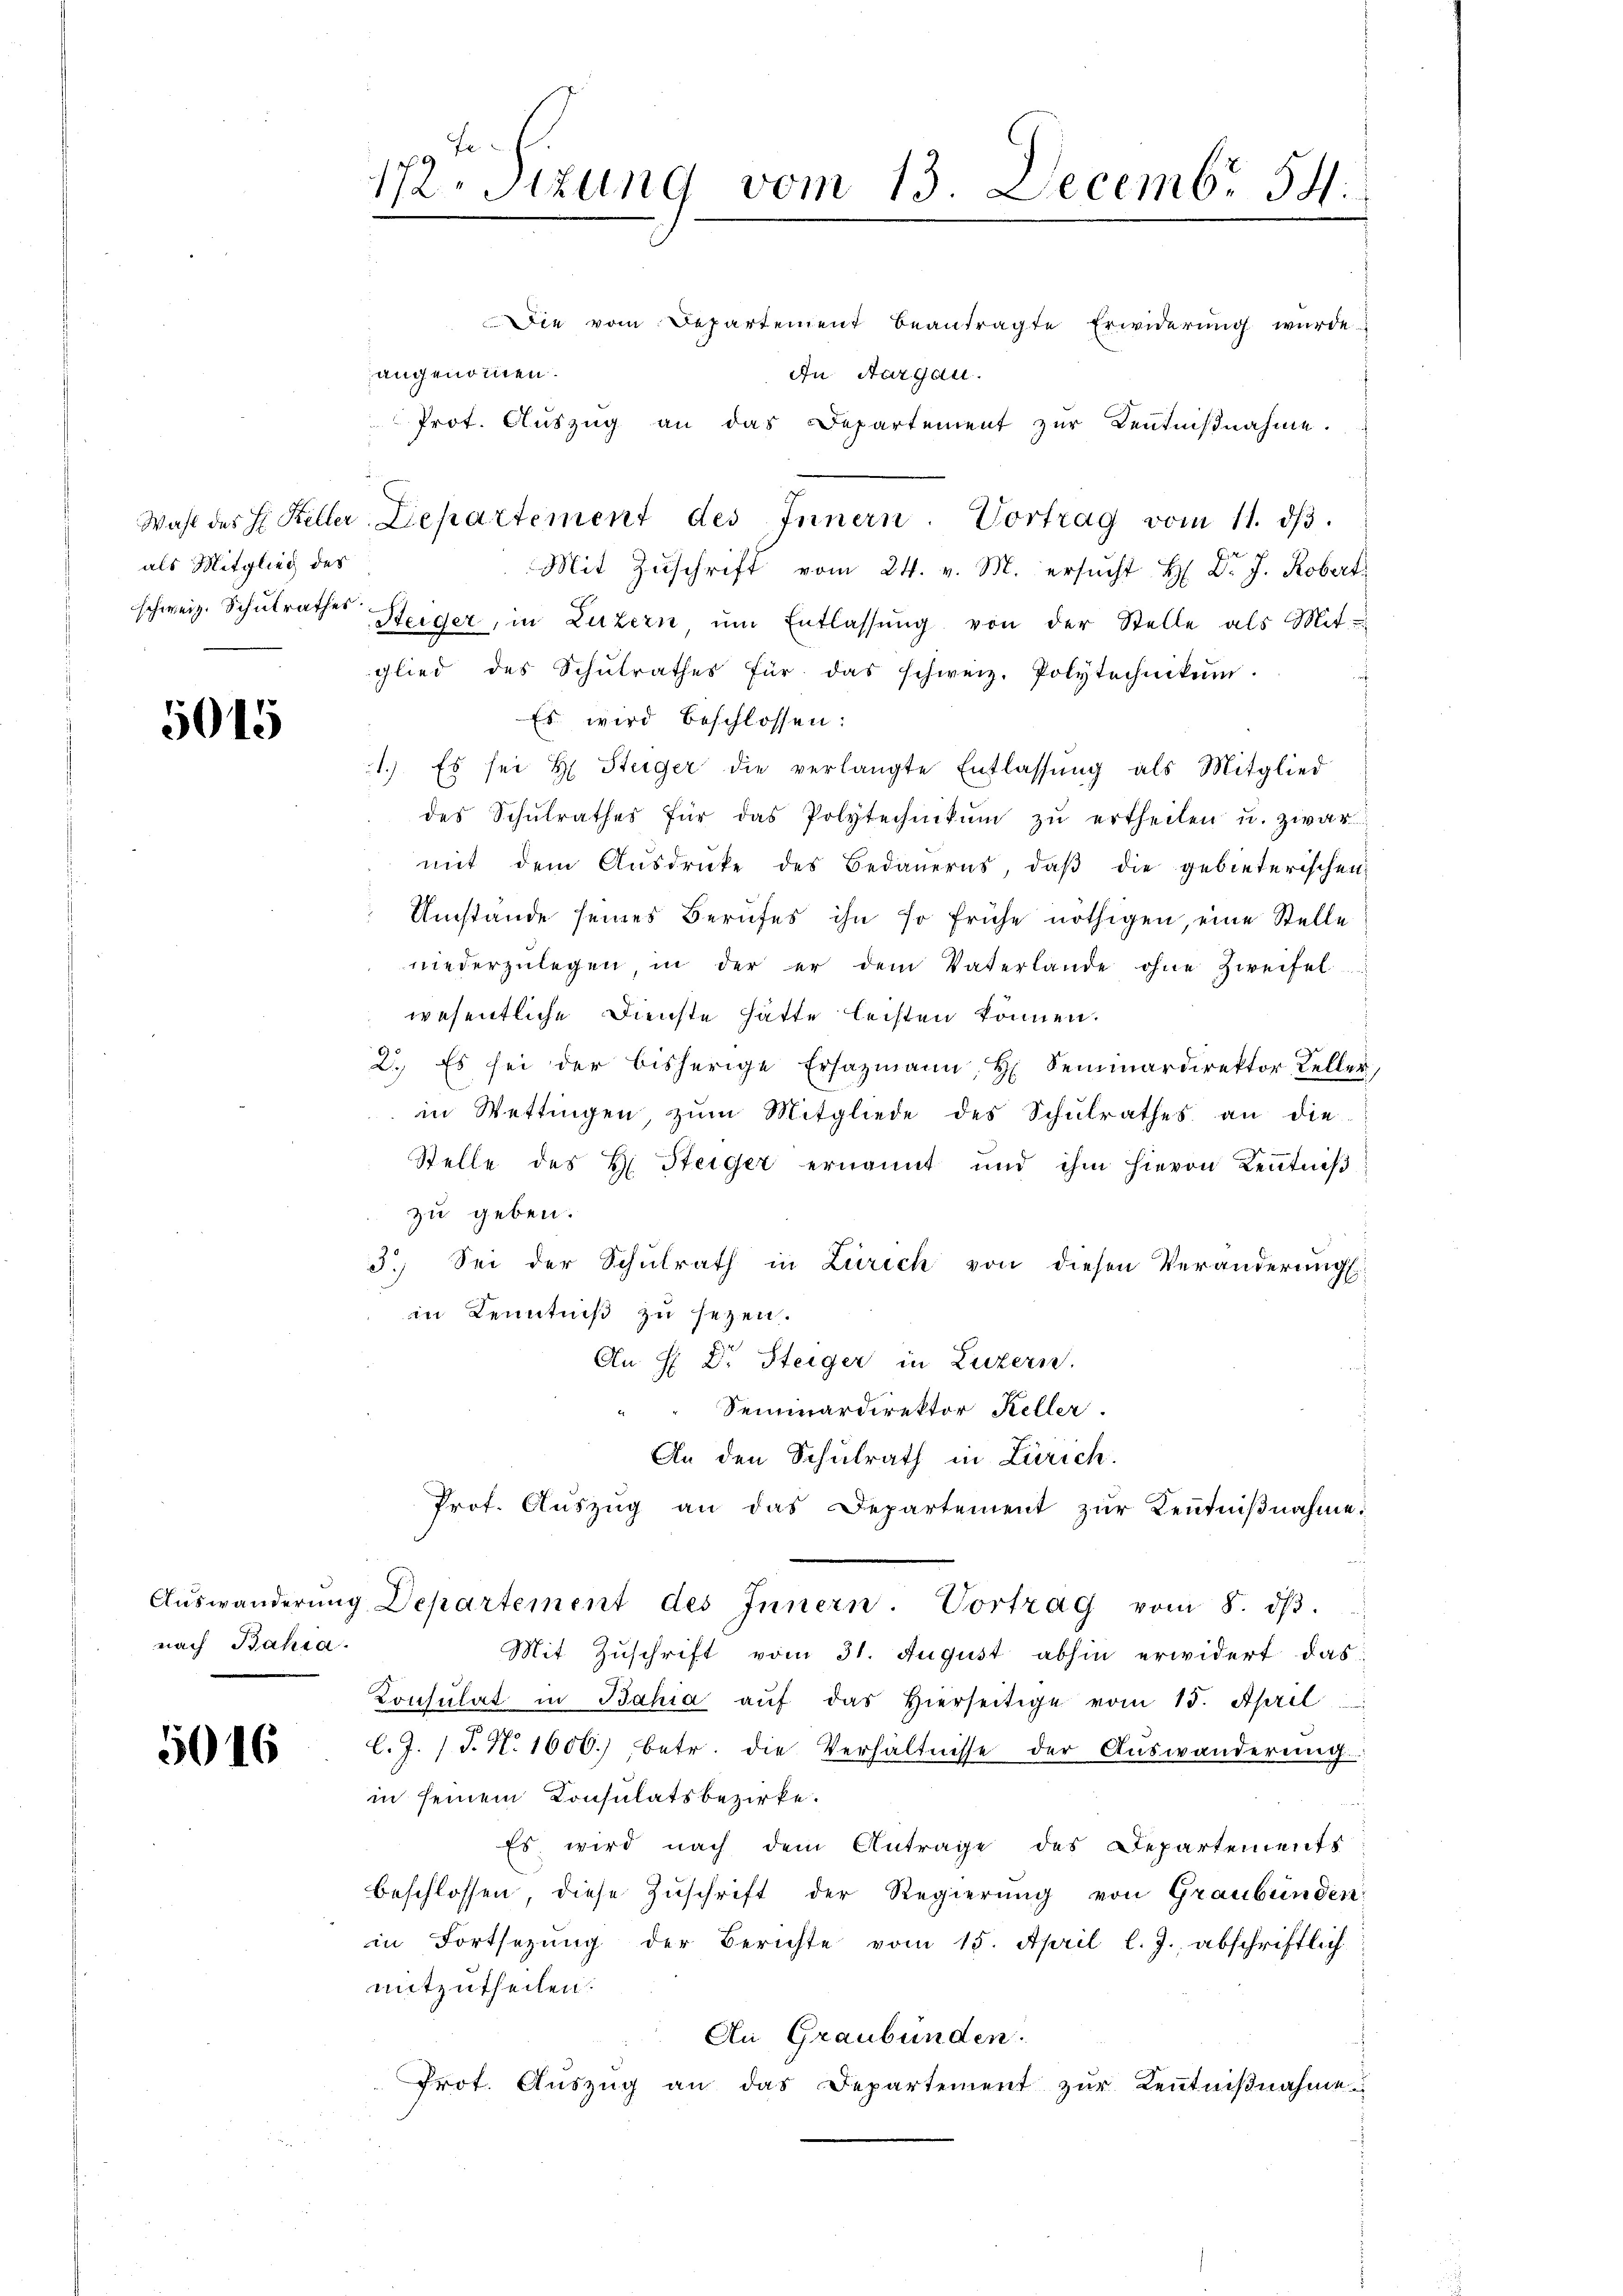
172. Sitzung vom 13. Decembr 54.

Die vom Departement beantragte Erwiderung wurde.
angenommen.
In Aargau.
Mit Zŭschrift vom 24. v. M. ersŭcht H. Dr. J. Robert
schweiz. Schulrathes Steiger, in Luzern ŭm Entlassŭng von der Stelle als Mit-
glied des Schŭlrathes für das schweiz. Polytechnikum.
Es wird beschlossen:
1.) Es sei H. Steiger die verlangte Entlassung als Mitglied
des Schŭlrathes für das Polytechnikŭm zŭ ertheilen u. zwar
mit dem Aŭsdrücke des Bedauerns, daβ die gebieterischen
Umstände seines Berufes ihn so frühe nöthigen, eine Stelle
niederzŭlegen in der er dem Vaterlande ohne Zweifel
wesentliche Dienste hätte leisten können.
2. Es sei der bisherige Ersazmann, H. Seminardirektor Keller,
in Wettingen, zŭm Mitgliede des Schŭlrathes an die
Stelle des H: Steiger ernannt und ihm hievon Kenntniß
zu geben.
3. Sei der Schulrath in Zürich von diesen Veränderŭng
in Kenntniß zu sezen.
An H Dr. Steiger in Luzern.
" Seminardirektor Keller.
An den Schulrath in Zürich.
Prot. Aŭszŭg an das Departement zŭr Kenntniβnahme.
Aŭswanderŭng Departement des Innern. Vortrag vom 8. dβ.
Mit Zuschrift vom 31. August abhin erwidert das
Consulat in Bahia aŭf das hierseitige vom 15. April
C. J. J. N. 1600. betr. die Verhältnisse der Auswanderŭng
in seinem Consulatsbezirke.
Es wird nach dem Antrage des Departements
beschlossen, diese Zuschrift der Regierung von Graubünden:
in Fortsezung der Berichte vom 15. April l. J., abschriftlich
mitzutheilen.
An Graubünden.
Prot. Aŭszŭg an das Departement zŭr Kenntniβnahme

Prot. Auszug an das Departement zur Kentnißnahme.

Wahl des H. Keller Departement des Innern. Vortrag vom 11. dβ.

als Mitglied des

5015

nach Bahia.

5016